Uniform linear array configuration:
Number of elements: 64
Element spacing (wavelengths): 1
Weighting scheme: kaiser
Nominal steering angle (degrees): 60
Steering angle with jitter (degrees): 60.39
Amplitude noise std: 0.05
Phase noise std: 0.05

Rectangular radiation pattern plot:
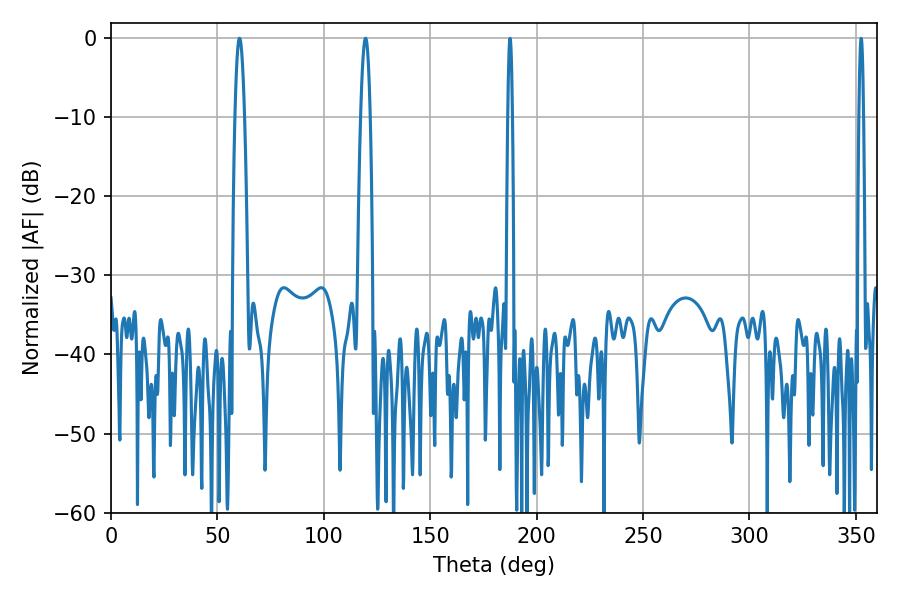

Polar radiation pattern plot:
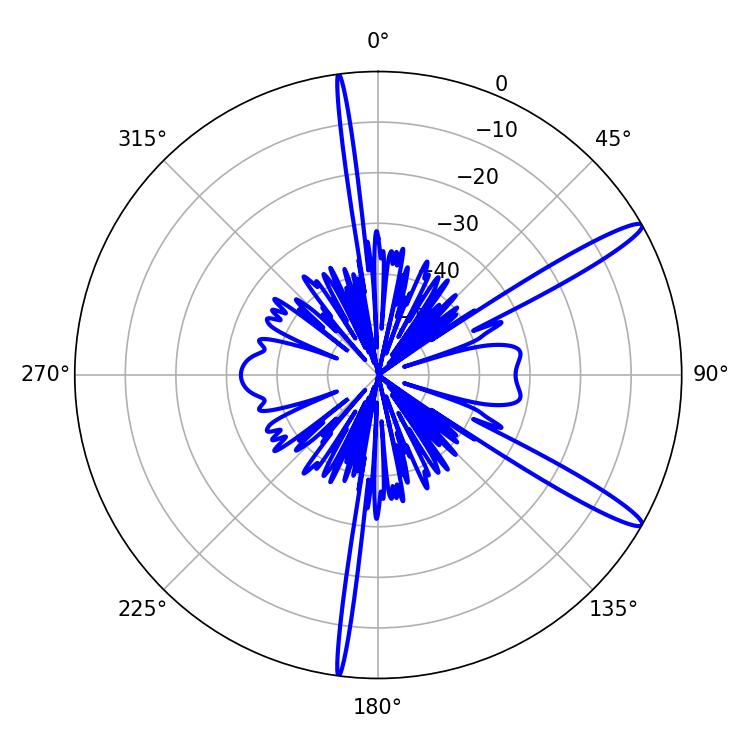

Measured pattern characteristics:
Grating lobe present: TRUE
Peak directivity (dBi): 14.187
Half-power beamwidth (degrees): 2.34
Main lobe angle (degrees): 60.3